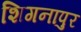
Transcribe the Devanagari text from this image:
शिगनापुर